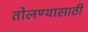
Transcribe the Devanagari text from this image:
तोलण्यासाठी